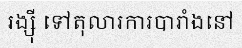
រង្ស៊ី ទៅតុលារការបារាំងនៅ